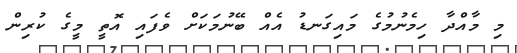
މި މާއްދާ ހިމެނުމުގެ މައިގަނޑު އެއް ބޭނުމަކަށް ވެފައި އޮތީ މީގެ ކުރިން